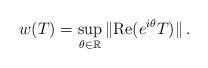
LaTeX: \begin{align*}w(T)=\sup_{\theta \in \mathbb{R}}\Vert \mbox{Re}(e^{i\theta }T)\Vert \,.\end{align*}